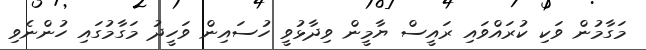
މަގާމުން ވަކި ކުރައްވައި ރައީސް ޔާމީން ވިދާޅުވީ ހުސައިން ވަހީދު މަގާމުގައި ހުންނެވި